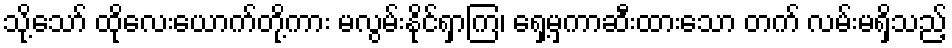
သို့သော် ထိုလေးယောက်တို့ကား မလွမ်းနိုင်ရှာကြ၊ ရှေ့မှကာဆီးထားသော တက် လမ်းမရှိသည့်